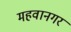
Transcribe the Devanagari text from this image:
महवानगर